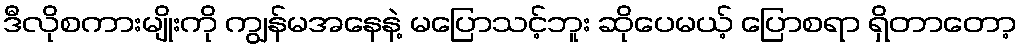
ဒီလိုစကားမျိုးကို ကျွန်မအနေနဲ့ မပြောသင့်ဘူး ဆိုပေမယ့် ပြောစရာ ရှိတာတော့